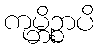
ကုမ္ဘိဉ္စာပိ